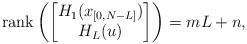
LaTeX: \begin{align*}\mathrm{rank}\left(\begin{bmatrix}H_1(x_{[0,N-L]})\\H_L(u)\end{bmatrix}\right)=mL+n,\end{align*}